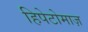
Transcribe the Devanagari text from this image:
हिपेटोमाज़